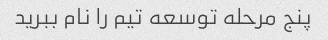
پنج مرحله توسعه تیم را نام ببرید